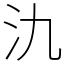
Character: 氿